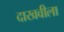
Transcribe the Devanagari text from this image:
दाखवीला